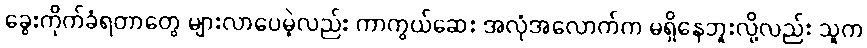
ခွေးကိုက်ခံရတာတွေ များလာပေမဲ့လည်း ကာကွယ်ဆေး အလုံအလောက်က မရှိနေဘူးလို့လည်း သူက